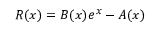
R ( x ) = B ( x ) e ^ { x } - A ( x )